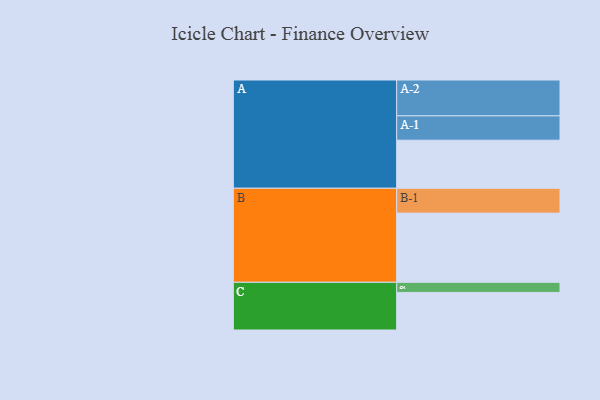
{"axis": {"x": "Segment", "y": "Value"}, "legend": ["", "A", "B", "C"], "data": [{"x": "A", "y": 385, "type": ""}, {"x": "B", "y": 554, "type": ""}, {"x": "C", "y": 301, "type": ""}, {"x": "A-1", "y": 195, "type": "A"}, {"x": "A-2", "y": 287, "type": "A"}, {"x": "B-1", "y": 199, "type": "B"}, {"x": "C-1", "y": 81, "type": "C"}]}